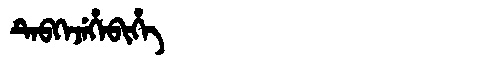
Manchu: ᡨᡝᠪᡴᡝᠵᡝᡥᡝᠪᡳᡥᡝ
Romanization: TEBKEJEHEBIHE